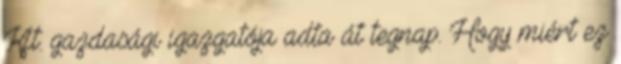
Kft. gazdasági igazgatója adta át tegnap. Hogy miért ez